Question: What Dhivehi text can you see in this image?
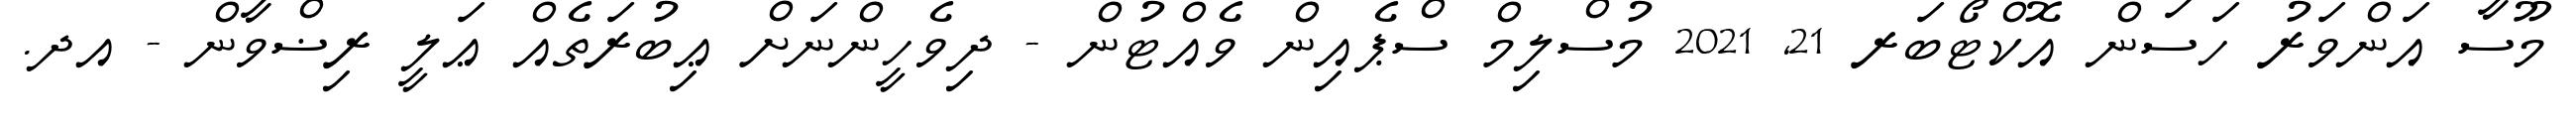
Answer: މޫސާ އަންވަރު ހަސަން އޮކްޓޯބަރ 21, 2021 މުސްލިމް ސްޕެއިން ވެއްޓުން - ދިވެހީންނަށް ޢިބުރަތެއް ޢަލީ ރިޟްވާން - އދ.